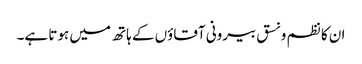
ان کا نظم و نسق بیرونی آقاؤں کے ہاتھ میں ہوتا ہے۔